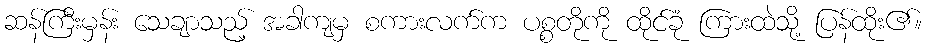
ဆန်ကြီးမှန်း သေချာသည့် အခါကျမှ စကားလက်က ပစ္စတိုကို ထိုင်ခုံ ကြားထဲသို့ ပြန်ထိုး၏။